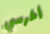
أخرسي